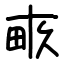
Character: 畞